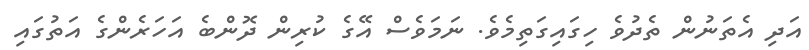
އަދި އެތަނުން ތެދުވެ ހިގައިގަތިމެވެ. ނަމަވެސް އޭގެ ކުރިން ދޮންބެ އަހަރެންގެ އަތުގައި